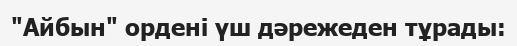
"Айбын" ордені үш дәрежеден тұрады: